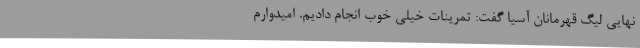
نهایی لیگ قهرمانان آسیا گفت: تمرینات خیلی خوب انجام دادیم. امیدوارم